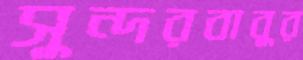
সুন্দরবাবুর